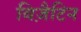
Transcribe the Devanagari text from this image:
बिज़ैटिन